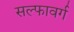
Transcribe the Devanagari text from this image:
सल्फावर्ग